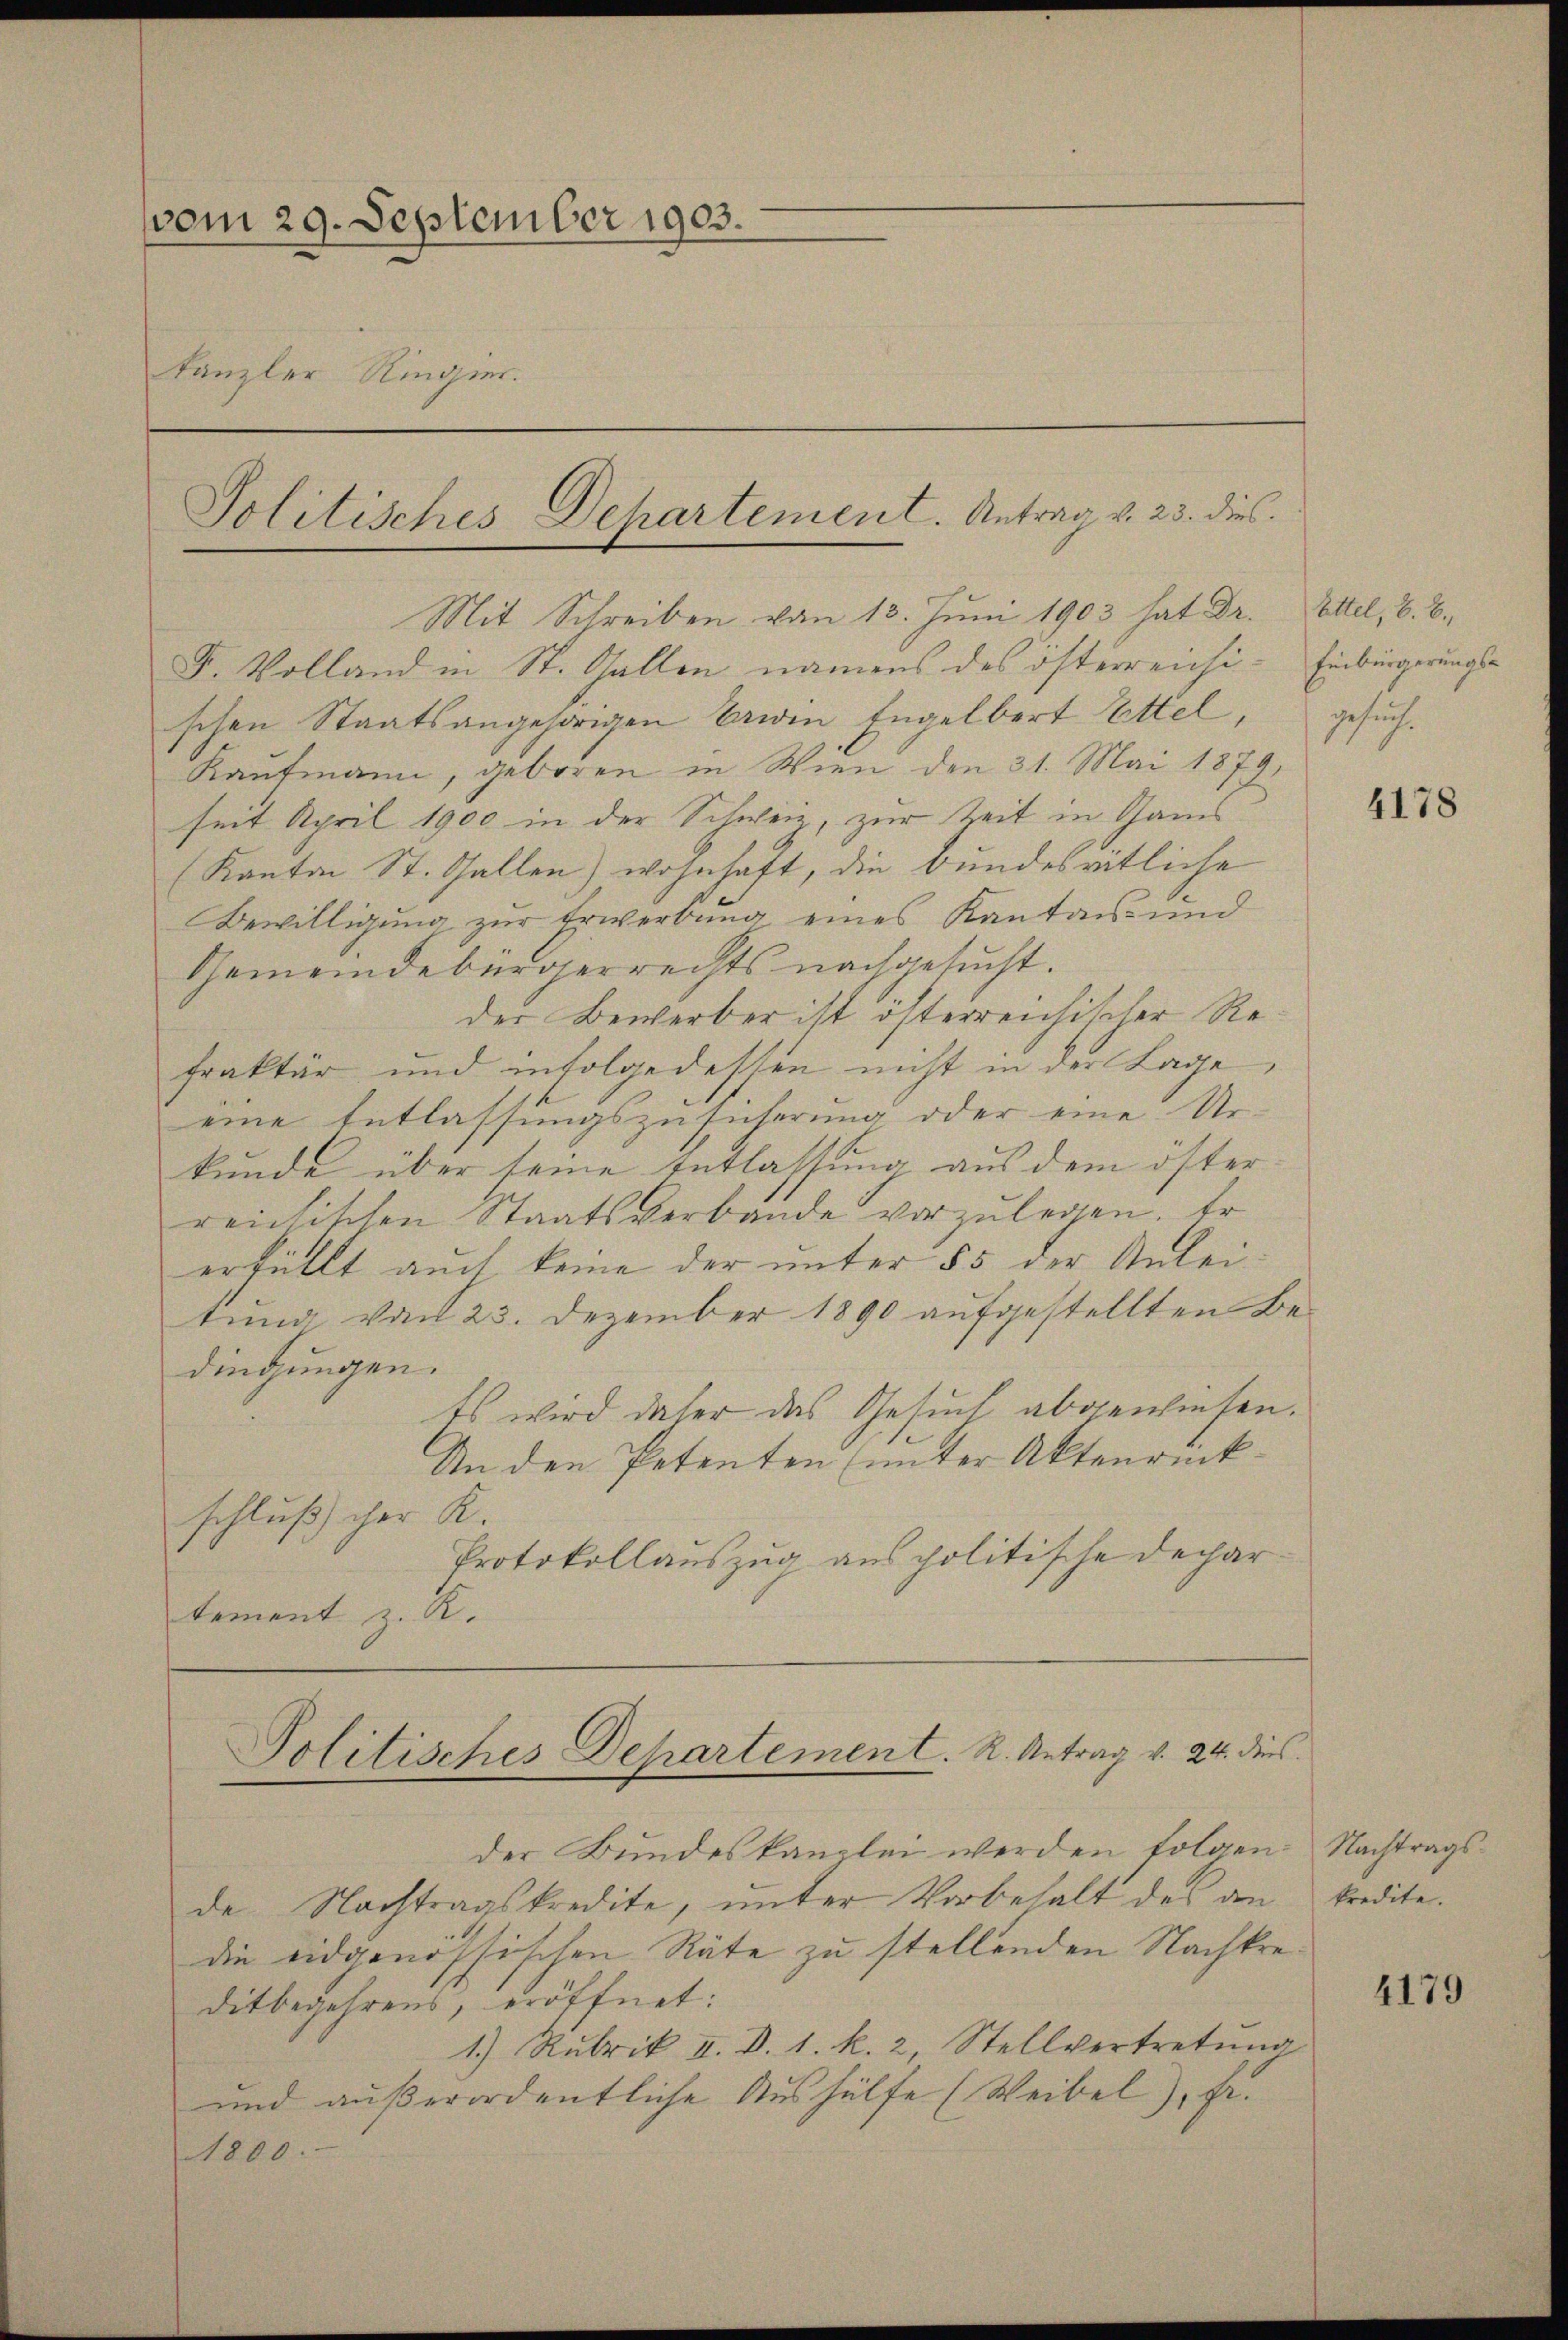
vom 29. September 1903.
kanzler Ringen.
Politisches Departement. Antrag v. 23. dies

Mit Schreiben vom 13. Juni 1903 hat Dr. Ettel, V. B.
F. Volland in St. Gallen namens des österreichi- Einbürgerungsschen Staatsangehörigen beiden Engelbert Ettel,
Kaufmann, geboren in Wien den 31. Mai 1879
seit April 1900 in der Schweiz, zur Zeit in Gans
(Kanton St. Gallen) wohnhaft, die bundesritliche
Bewilligung zur Erwerbung eines Kantons- und
Gemeindebürgerrechts nachgesucht.
der Bewerber ist österreichischer Refraktär und infolgedessen nicht in der Lage
eine Entlassungszusicherung oder eine Ur-
kunde über seine Entlassung aus dem österreichischen Staatsverbande vorzulegen. Er
erfüllt auch keine der unter 55 der Anleitung von 23. Dezember 1890 aufgestellten Bedingungen.
Es wird daher das Gesuch abgewiesen.
An den Petenten (unter Aktenrückschluß her K.
Protokollauszug aus politische Dechartement z. R.

Politisches Departement. R. Antrag v. 24. dies

der Bundeskanzlei werden folgen. Nachtragsde Nachtragskredite, unter Vorbehalt des an Predite.
die eidgenössischen Räte zu stellenden Nachkreditbegehrens, eröffnet:
1.) Rubrik II. D. 1. k. 2, Stellvertretŭng
und außerordentliche Aushülfe (Weibel), Fr.
1800.

gesuch.

4178

4179